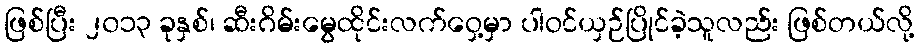
ဖြစ်ပြီး ၂၀၁၃ ခုနှစ်၊ ဆီးဂိမ်းမွေထိုင်းလက်ဝှေ့မှာ ပါဝင်ယှဉ်ပြိုင်ခဲ့သူလည်း ဖြစ်တယ်လို့